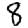
Digit: 8